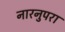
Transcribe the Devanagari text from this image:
नारनुपरा